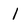
Character: 1